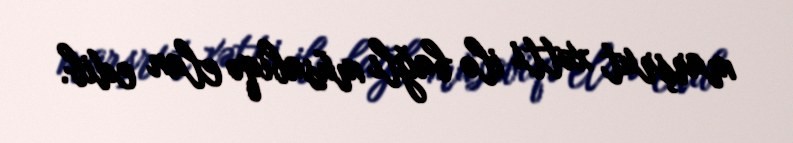
marşrut xətti ilə bağlı müsabiqə elan edib.